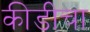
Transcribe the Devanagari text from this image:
कीडीचा